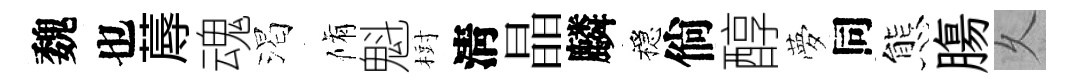
魏也蓐魂渴脩魁𣗳淸晶麟穩倘醇夢同態膓乆